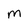
Character: m